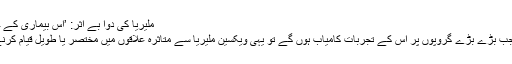
ملیریا کی دوا بے اثر: ’اس بیماری کے خلاف جنگ میں کامیابی دور ہے‘
ڈاکٹر پیٹر کریمزنر کہتے ہیں، ’’جب بڑے بڑے گروپوں پر اس کے تجربات کامیاب ہوں گے تو یہی ویکسین ملیریا سے متاثرہ علاقوں میں مختصر یا طویل قیام کرنے والوں کو بھی دی جا سکے گی۔